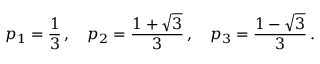
p _ { 1 } = \frac { 1 } { 3 } \, , ~ ~ ~ p _ { 2 } = \frac { 1 + \sqrt { 3 } } { 3 } \, , ~ ~ ~ p _ { 3 } = \frac { 1 - \sqrt { 3 } } { 3 } \, .